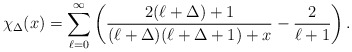
\begin{align*}\chi_{\Delta} ( x ) = \sum_{\ell = 0}^{\infty }\left( \frac{2(\ell + \Delta ) + 1 }{(\ell + \Delta ) (\ell + \Delta +1 ) + x }- \frac{2}{\ell + 1} \right).\end{align*}